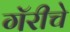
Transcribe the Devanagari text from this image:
गॅरीचे